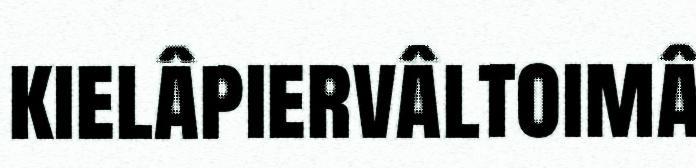
kielâpiervâltoimâ